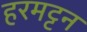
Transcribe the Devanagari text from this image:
हरमट्टन